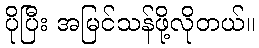
ပိုပြီး အမြင်သန်ဖို့လိုတယ်။